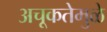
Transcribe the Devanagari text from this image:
अचूकतेमुळे